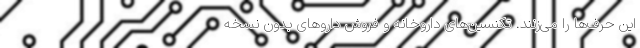
این حرف‌ها را می‌زنند. تکنسین‌های داروخانه و فروش داروهای بدون نسخه